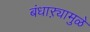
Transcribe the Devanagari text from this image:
बंधाऱ्यामुळे